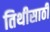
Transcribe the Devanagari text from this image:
तिथीसाठी